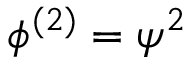
\phi ^ { ( 2 ) } = \psi ^ { 2 }